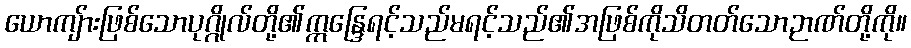
ယောကျ်ားဖြစ်သောပုဂ္ဂိုလ်တို့၏ဣန္ဒြေရင့်သည်မရင့်သည်၏အဖြစ်ကိုသိတတ်သောဉာဏ်တို့ကို။